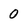
Character: 0